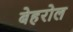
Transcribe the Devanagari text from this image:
बेहरोल